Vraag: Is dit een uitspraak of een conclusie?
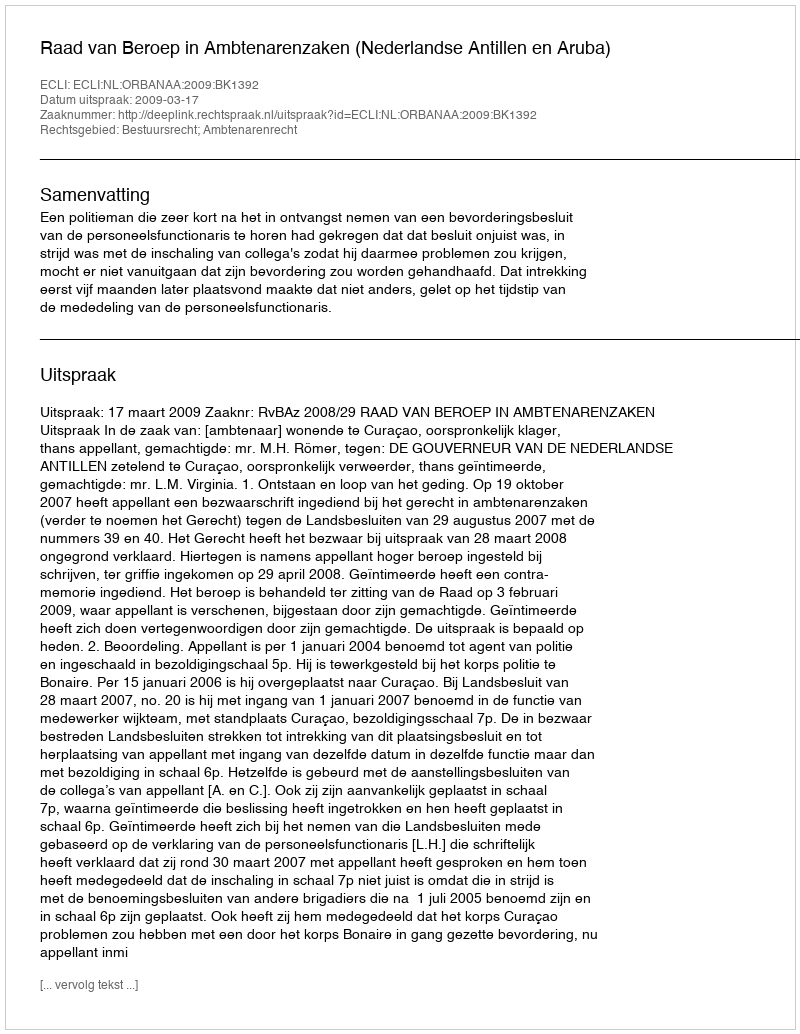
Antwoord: Uitspraak